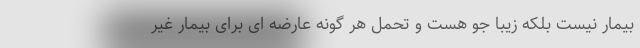
بیمار نیست بلکه زیبا جو هست و تحمل هر گونه عارضه ای برای بیمار غیر